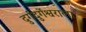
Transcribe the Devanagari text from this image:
दुर्गदुर्गेश्वराला